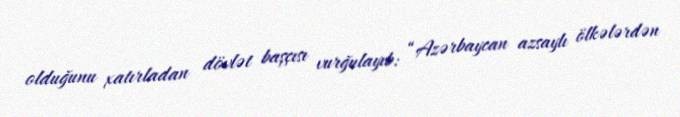
olduğunu xatırladan dövlət başçısı vurğulayıb: “Azərbaycan azsaylı ölkələrdən